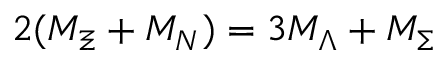
2 ( M _ { \Xi } + M _ { N } ) = 3 M _ { \Lambda } + M _ { \Sigma }